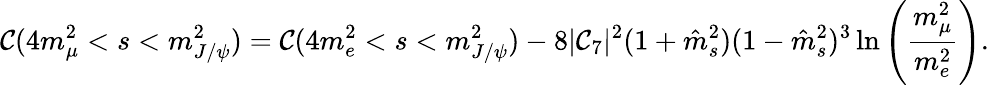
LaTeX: \mathcal{C}(4m_{\mu}^{2}<s<m_{J/\psi}^{2})=\mathcal{C}(4m_{e}^{2}<s<m_{J/\psi}^{2})-8|\mathcal{C}_{7}|^{2}(1+\hat{{m}}_{s}^{2})(1-\hat{{m}}_{s}^{2})^{3}\ln\left(\frac{{m_{\mu}^{2}}}{{m_{e}^{2}}}\right).